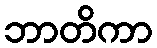
ဘာတိကာ